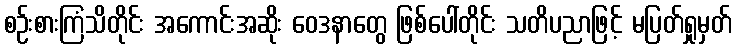
စဉ်းစားကြံသိတိုင်း အကောင်းအဆိုး ဝေဒနာတွေ ဖြစ်ပေါ်တိုင်း သတိပညာဖြင့် မပြတ်ရှုမှတ်